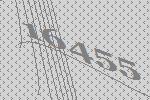
16455